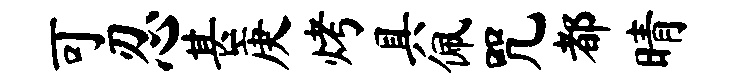
可忍甚庚烤具佩咒都晴